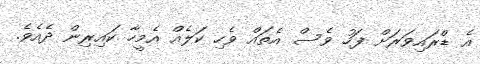
އެ ޑްރައިވަރަށް ފަހު ވެސް އެތައް ވެހި ކަލެއް އެމީހާ ކައިރިން ދެއެވެ.